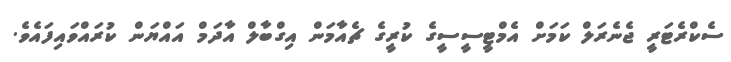
ސެކްރެޓަރީ ޖެނެރަލް ކަމަށް އެމްޓީސީސީގެ ކުރީގެ ޗެއާމަން އިގްބާލް އާދަމް އައްޔަން ކުރައްވައިފައެވެ.